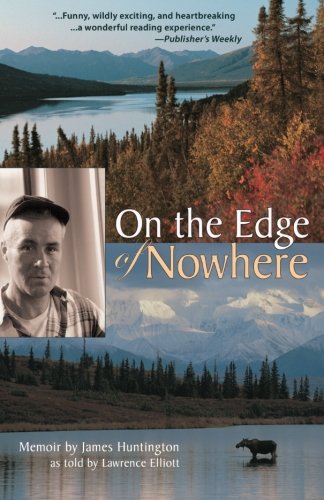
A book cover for On the Edge of Nowhere; James Huntington; Biographies & Memoirs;